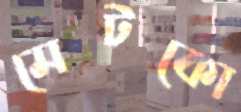
মেটকো